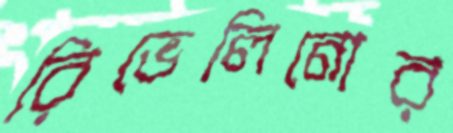
রিভেলিনোর